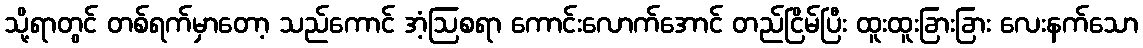
သို့ရာတွင် တစ်ရက်မှာတော့ သည်ကောင် အံ့ဩစရာ ကောင်းလောက်အောင် တည်ငြိမ်ပြီး ထူးထူးခြားခြား လေးနက်သော